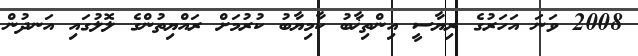
2008 ވަނަ އަހަރުގެ ރިޔާސީ އިންތިޚާބު ކާމިޔާބު ކުރުމަށް ރައްޔިތުންގެ ލޮލުގައި އަނދުން